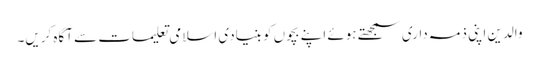
والدین اپنی ذمہ داری سمجھتے ہوئے اپنے بچوں کو بنیادی اسلامی تعلیمات سے آگاہ کریں۔